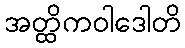
အတ္ထိကဝါဒေါတိ